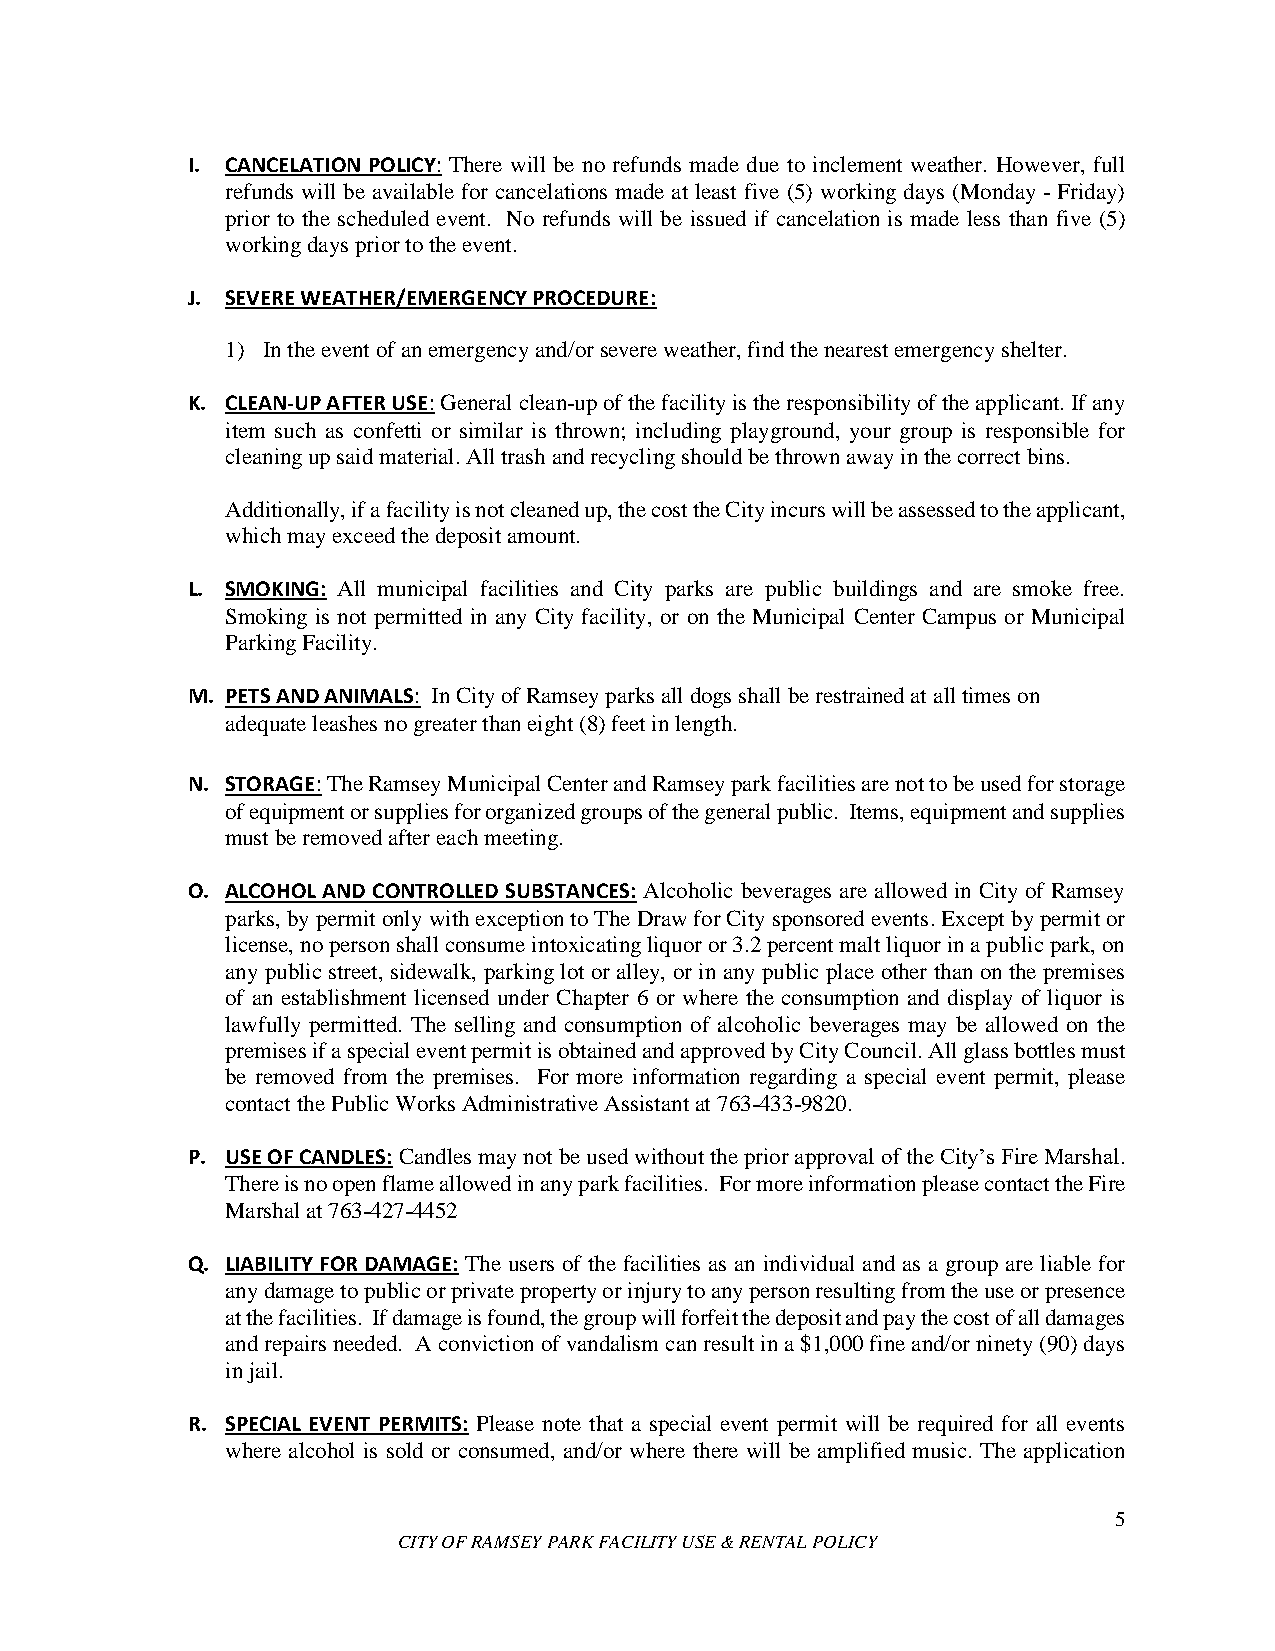
I. CANCELATION POLICY: There will be no refunds made due to inclement weather. However, full
 refunds will be available for cancelations made at least five (5) working days (Monday - Friday)
 prior to the scheduled event. No refunds will be issued if cancelation is made less than five (5)
 working days prior to the event.
 J. SEVERE WEATHER/EMERGENCY PROCEDURE:
 1) In the event of an emergency and/or severe weather, find the nearest emergency shelter.
 K. CLEAN-UP AFTER USE: General clean-up of the facility is the responsibility of the applicant. If any
 item such as confetti or similar is thrown; including playground, your group is responsible for
 cleaning up said material. All trash and recycling should be thrown away in the correct bins.
 Additionally, if a facility is not cleaned up, the cost the City incurs will be assessed to the applicant,
 which may exceed the deposit amount.
 L. SMOKING: All municipal facilities and City parks are public buildings and are smoke free.
 Smoking is not permitted in any City facility, or on the Municipal Center Campus or Municipal
 Parking Facility.
 M. PETS AND ANIMALS: In City of Ramsey parks all dogs shall be restrained at all times on
 adequate leashes no greater than eight (8) feet in length.
 N. STORAGE: The Ramsey Municipal Center and Ramsey park facilities are not to be used for storage
 of equipment or supplies for organized groups of the general public. Items, equipment and supplies
 must be removed after each meeting.
 O. ALCOHOL AND CONTROLLED SUBSTANCES: Alcoholic beverages are allowed in City of Ramsey
 parks, by permit only with exception to The Draw for City sponsored events. Except by permit or
 license, no person shall consume intoxicating liquor or 3.2 percent malt liquor in a public park, on
 any public street, sidewalk, parking lot or alley, or in any public place other than on the premises
 of an establishment licensed under Chapter 6 or where the consumption and display of liquor is
 lawfully permitted. The selling and consumption of alcoholic beverages may be allowed on the
 premises if a special event permit is obtained and approved by City Council. All glass bottles must
 be removed from the premises. For more information regarding a special event permit, please
 contact the Public Works Administrative Assistant at 763-433-9820.
 P. USE OF CANDLES: Candles may not be used without the prior approval of the City’s Fire Marshal.
 There is no open flame allowed in any park facilities. For more information please contact the Fire
 Marshal at 763-427-4452
 Q. LIABILITY FOR DAMAGE: The users of the facilities as an individual and as a group are liable for
 any damage to public or private property or injury to any person resulting from the use or presence
 at the facilities. If damage is found, the group will forfeit the deposit and pay the cost of all damages
 and repairs needed. A conviction of vandalism can result in a $1,000 fine and/or ninety (90) days
 in jail.
 R. SPECIAL EVENT PERMITS: Please note that a special event permit will be required for all events
 where alcohol is sold or consumed, and/or where there will be amplified music. The application
 5
 CITY OF RAMSEY PARK FACILITY USE & RENTAL POLICY